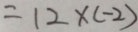
= 1 2 \times ( - 2 )